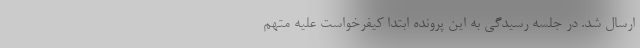
ارسال شد. در جلسه رسیدگی به این پرونده ابتدا کیفرخواست علیه متهم